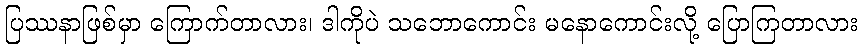
ပြဿနာဖြစ်မှာ ကြောက်တာလား၊ ဒါကိုပဲ သဘောကောင်း မနောကောင်းလို့ ပြောကြတာလား